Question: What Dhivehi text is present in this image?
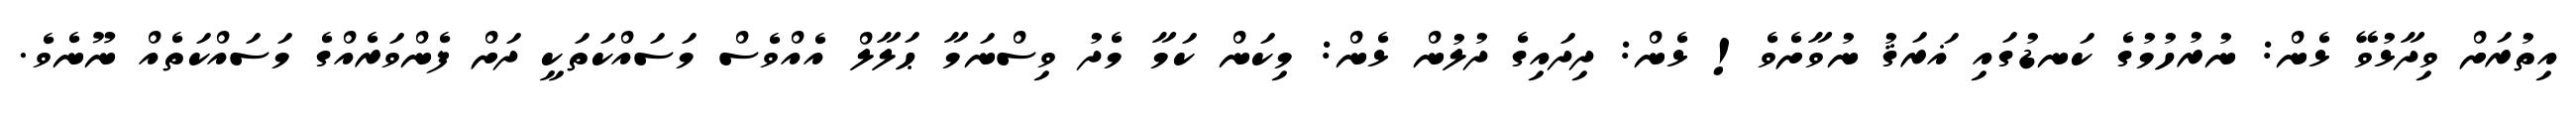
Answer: އިތުރަށް ވިދާޅުވޭ ޅެން: ނުރުހުމުގެ ކަނޑުގައި ޣަރަޤު ނުވާށެވެ! ޅެން: ދިދައިގެ ދުލުން ޅެން: މިކަން ކަމާ މެދު ވިސްނަމާ ޙަލާލް އެއްވެސް މަސައްކަތަކީ ދަށް ފެންވަރެއްގެ މަސައްކަތެއް ނޫނެވެ.